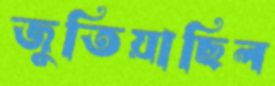
জুতিয়াছিল